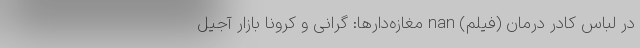
در لباس کادر درمان (فیلم) nan مغازه‌دارها: گرانی و کرونا بازار آجیل